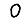
Digit: 0